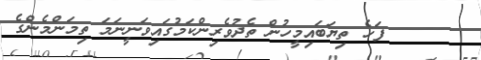
٣٦      ފަހެ ތިޔަބައިމީހުން ތެދުވެރިންކަމުގައިވަނީނަމަ ތިމަންމެންގެ